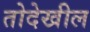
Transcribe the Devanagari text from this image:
तोदेखील